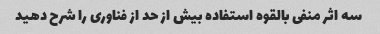
سه اثر منفی بالقوه استفاده بیش از حد از فناوری را شرح دهید